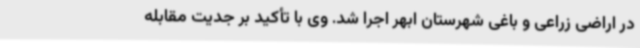
در اراضی زراعی و باغی شهرستان ابهر اجرا شد. وی با تأکید بر جدیت مقابله